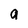
Character: a